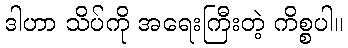
ဒါဟာ သိပ်ကို အရေးကြီးတဲ့ ကိစ္စပါ။